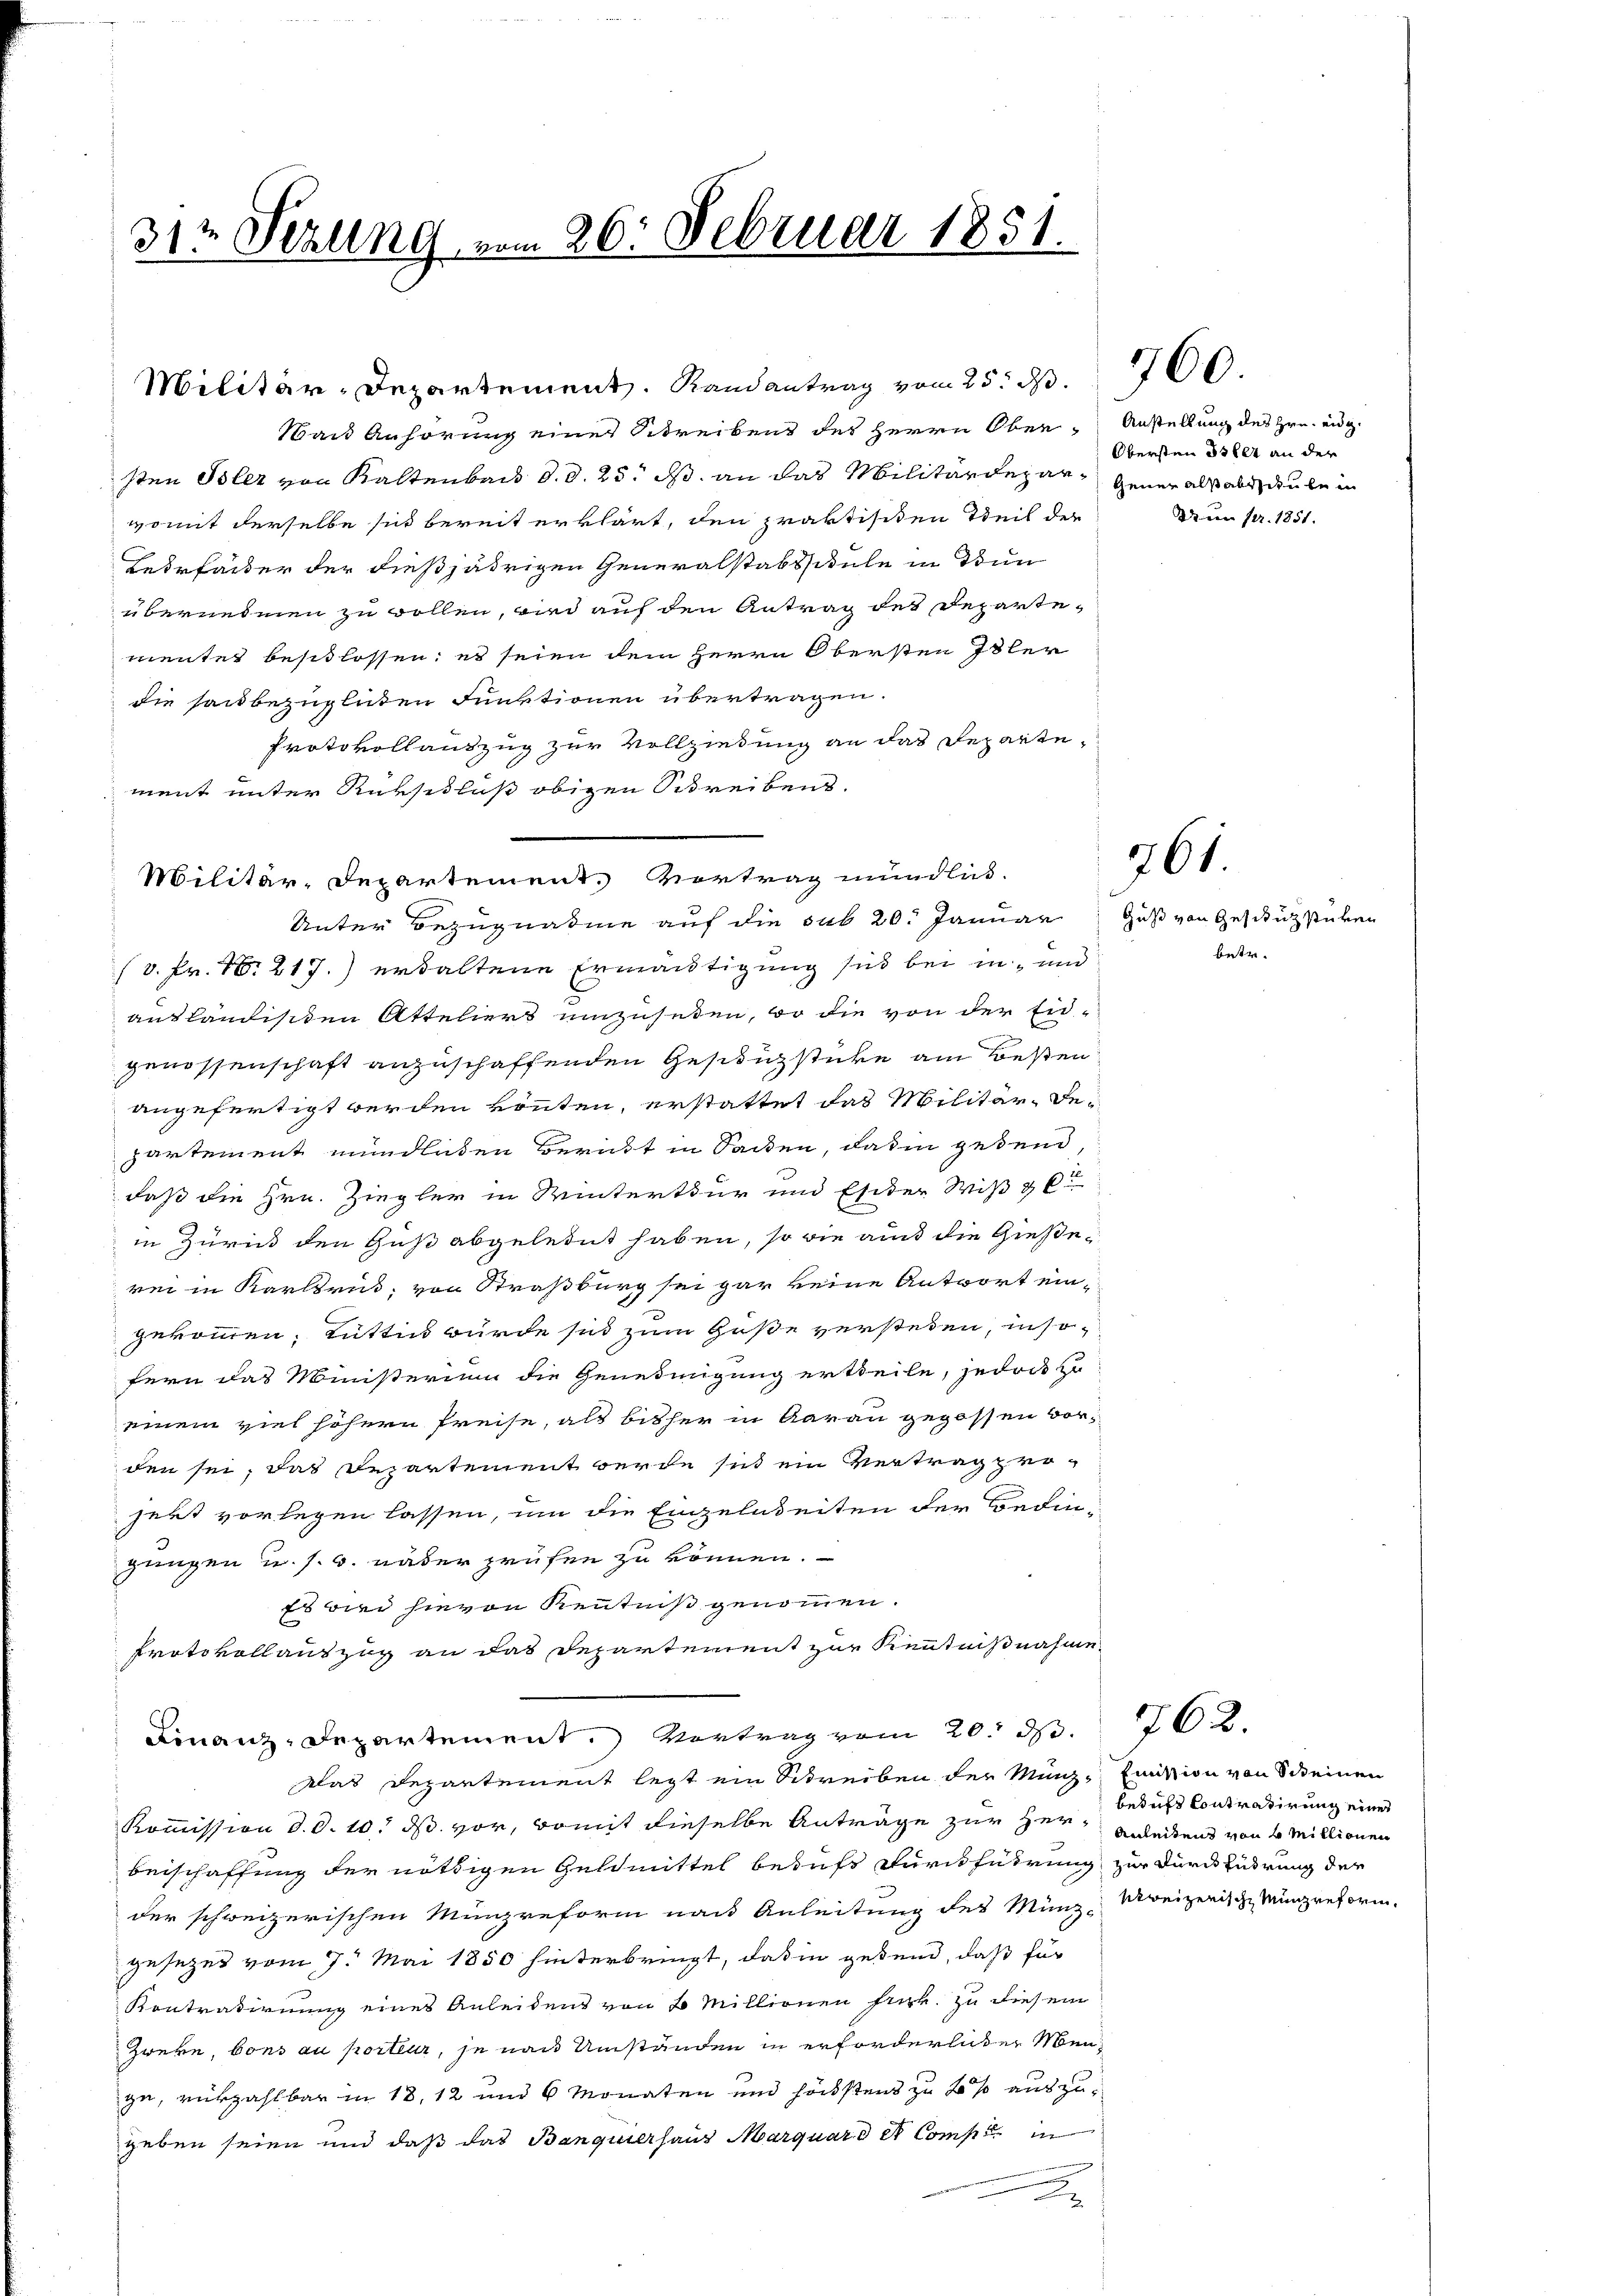
31te Sezung vom 26. Februar 1851.

Militär-Departement. Vertrag mündlich,
Unter Bezugnahme auf die sub 20. Januar

Wand Anhörung einer Schreibens des Herrn Ober-Anstellung des Hrn. eidg
sten Isler von Kaltenbach d. d. 25. ds. an das Militärdepar- Gener als als deute in
womit derselbe sich bereit erklärt, den praktischen Teil der
Verfelder der dießjährigen Generalstabsschule in Dun
übernehmen zu wollen, wird auf den Antrag des Departementer beschlossen, es seien dem Herrn Obersten Isler
die saubezüglichen Funktionen übertragen.
Protokollauszug zur Vollziehung an das Reparte,
ment unter Rüksidlus obigen Schreibens.
(v. Fr. 10. 217.) erhaltene Ermäutigung sich bei in und
ausländischen Atteliers umzuseten, wo die von der Eid-
genossenschaft anzuschaffenden Geschüzstücke am Besten
angefertigt werden könten, erstattet das Militär-Departement mündlichen Bericht in Sacken, daß in gedend,
daß die Hrn. Ziegler in Winterthur und Ester Wiß & C
in Zurück den Guß abgeleint haben, so wie auch die Gieße
rei in Karlsrus, von Straßburg sei gar keine Antwort ein-
gekommen, Rüttin wurde sich zum Gaße verstehen, insofern das Ministerium die Genedingung ertheile, jedoch zu
einem viel höhern Preise, als bisher in Aarau gegossen vor-
den sei, das Departement werde sich ein Vertrag prosert vorlegen lassen, um die Einzelnheiten der Bedin-
gungen u. s. 3. näher prüfen zu können.
Es wird hievon Kenntniß genommen.
Protokollauszug an das Departement zur Kenntnißnahme
Finanz-Departement. Vortrag vom 20. d.
Das Departement legt ein Schreiben der Münz- Emission von Scheinen
Kommission d. d. 10. ds vor, womit dieselbe Anträge zur Her- Anleitens von 2 Millionen
beischaffung der nöthigen Geldmittel beduft durchführung
der schweizerischen Münzreform nach Anleitung des Münz Kreizerische Münzreform.
gesezet vom 7. Mai 1850 hinterbringt, daß in gebend, daß für
Kontradirung eines Anleiden von 6 Millionen Frk. zu diesem
Zwere, bons au porteur, je nach Umständen in erforderlicher Menge, rükzahlbar in 18, 12 und 6 Monaten und höchstens zu 2 % auszugeben seien und daß das Banquierhaus Marquard et Comp. in
x

Militär-Departement. Randantrag vom 25. d.

Obersten 33 lit an der
dum pr. 1851.

760

761

Guß von Geschickstiren
bestr.

762.

besucht Contratirung einer
zur Durchsudrung der